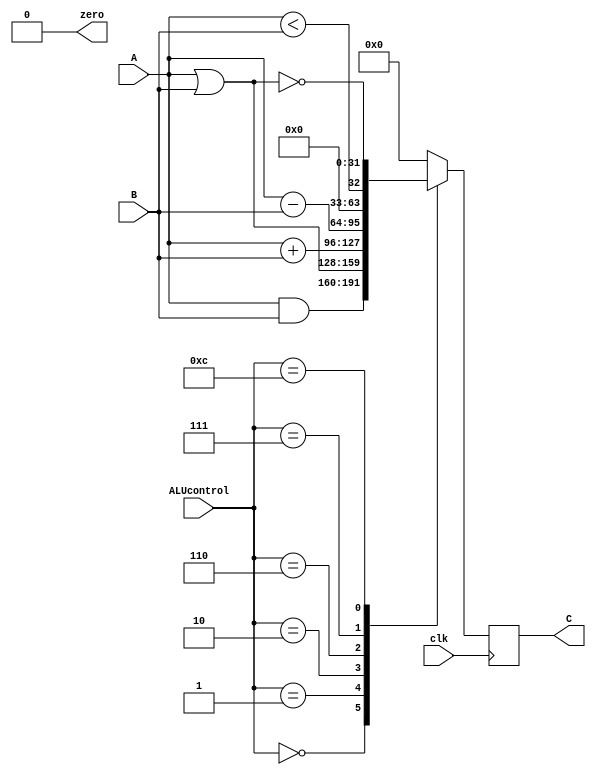
module ALU
  (input clk,
   input [3:0] ALUcontrol,
   input [31:0] A,
   input [31:0] B,
   output reg [31:0] C,
	output zero);
   assign zero = 0;
   always @(posedge clk) begin
      case (ALUcontrol)
	4'b0000: C <= A & B;
	4'b0001: C <= A | B;
	4'b0010: C <= A + B;
	4'b0110: C <= A - B;
	4'b0111: C <= A < B;
	4'b1100: C <= ~(A|B);
	default: C <= 0;
      endcase
   end // always @ (posedge clk)
endmodule